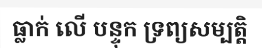
ធ្លាក់ លើ បន្ទុក ទ្រព្យសម្បត្តិ